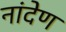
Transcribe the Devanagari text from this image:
नांदेण